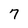
Character: 7